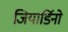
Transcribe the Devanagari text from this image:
जियार्डिनो